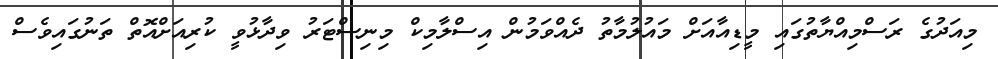
މިއަދުގެ ރަސްމިއްޔާތުގައި މީޑިއާއަށް މައުލުމާތު ދެއްވަމުން އިސްލާމިކް މިނިސްޓަރު ވިދާޅުވީ ކުރިއަށްއޮތް ތަނުގައިވެސް